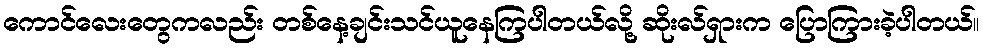
ကောင်လေးတွေကလည်း တစ်နေ့ချင်းသင်ယူနေကြပါတယ်လို့ ဆိုးလ်ရှားက ပြောကြားခဲ့ပါတယ်။